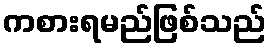
ကစားရမည်ဖြစ်သည်